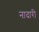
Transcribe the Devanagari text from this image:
नादारी